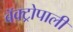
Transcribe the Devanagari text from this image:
बॅक्ट्रोपाली